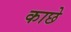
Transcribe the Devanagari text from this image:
काछे